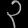
Digit: ၃